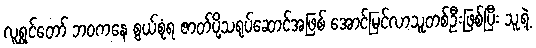
လူရွှင်တော် ဘဝကနေ စွယ်စုံရ ဇာတ်ပို့သရုပ်ဆောင်အဖြစ် အောင်မြင်လာသူတစ်ဦးဖြစ်ပြီး သူ့ရဲ့